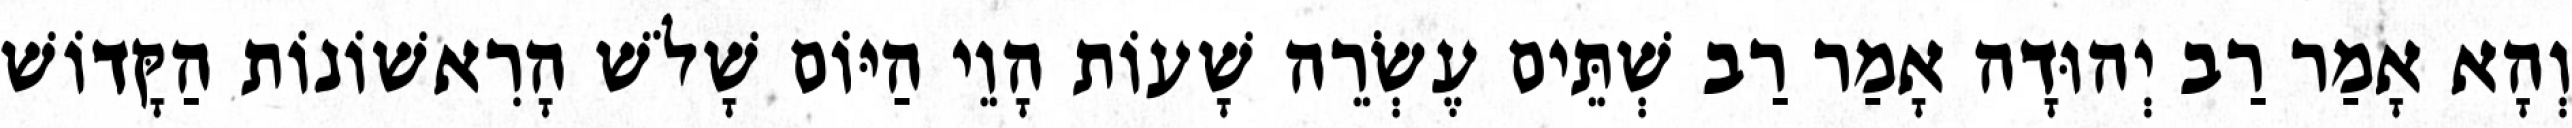
וְהָא אָמַר רַב יְהוּדָה אָמַר רַב שְׁתֵּים עֶשְׂרֵה שָׁעוֹת הָוֵי הַיּוֹם שָׁלֹשׁ הָרִאשׁוֹנוֹת הַקָּדוֹשׁ